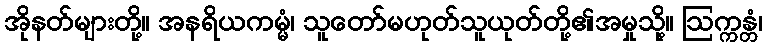
အိုနတ်များတို့။ အနရိယကမ္မံ၊ သူတော်မဟုတ်သူယုတ်တို့၏အမှုသို့။ ဩက္ကန္တံ၊